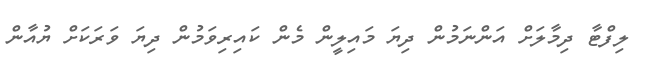
ލިފްޓާ ދިމާލަށް އަންނަމުން ދިޔަ މައިލީން މެން ކައިރިވަމުން ދިޔަ ވަރަކަށް ޔުއާން